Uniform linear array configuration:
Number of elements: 24
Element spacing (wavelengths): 0.5
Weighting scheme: exponential
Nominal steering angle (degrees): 60
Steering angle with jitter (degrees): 60.386
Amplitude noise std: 0.05
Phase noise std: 0.05

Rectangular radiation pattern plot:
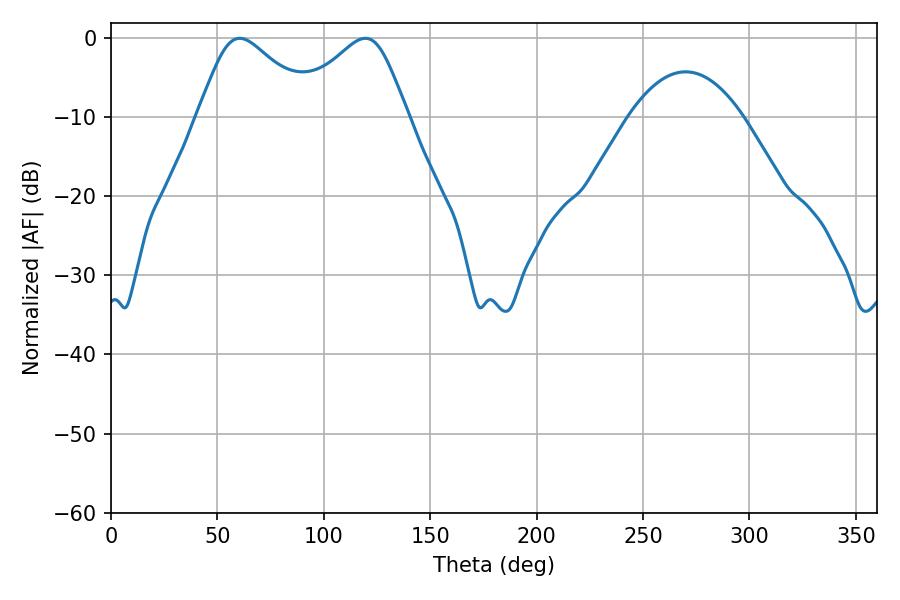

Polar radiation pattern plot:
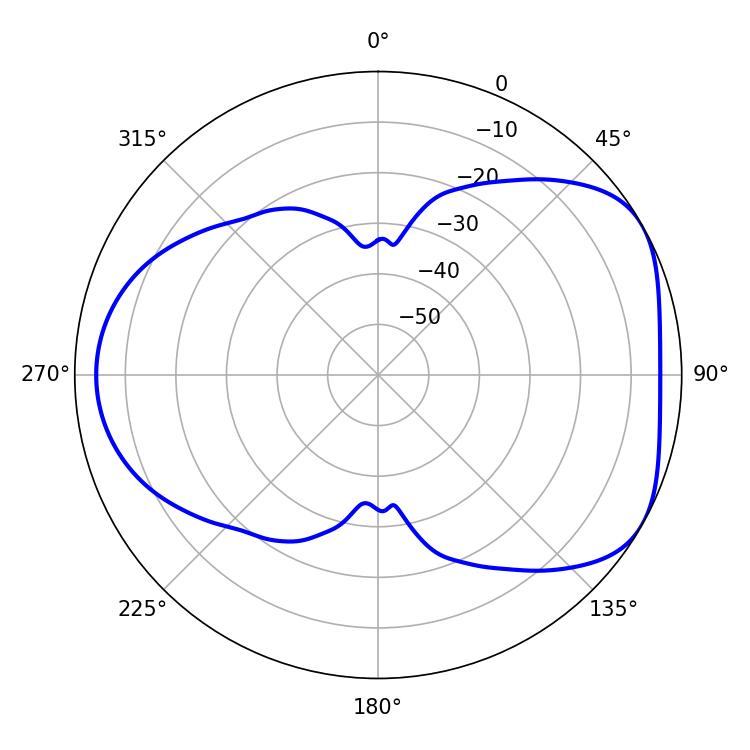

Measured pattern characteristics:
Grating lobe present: FALSE
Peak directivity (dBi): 4.859
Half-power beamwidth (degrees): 27.18
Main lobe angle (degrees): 60.48